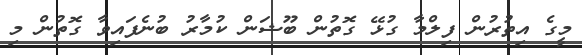
މީގެ އިތުރުން ފިލްމާ ގުޅޭ ގޮތުން ބޫޝަން ކުމާރު ބުނެފައިވާ ގޮތުން މި